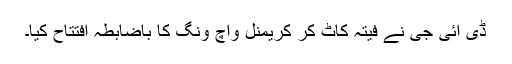
ڈی ائی جی نے فیتہ کاٹ کر کریمنل واچ ونگ کا باضابطہ افتتاح کیا۔